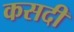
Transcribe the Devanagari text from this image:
कसदी